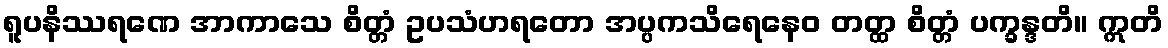
ရူပနိဿရဏေ အာကာသေ စိတ္တံ ဥပသံဟရတော အပ္ပကသိရေနေဝ တတ္ထ စိတ္တံ ပက္ခန္ဒတိ။ ဣတိ